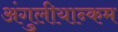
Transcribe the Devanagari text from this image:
अंगुलीयान्कम